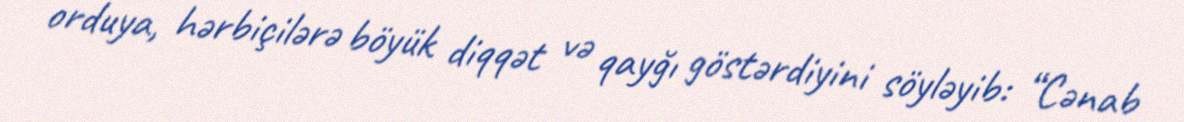
orduya, hərbiçilərə böyük diqqət və qayğı göstərdiyini söyləyib: “Cənab